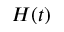
H ( t )